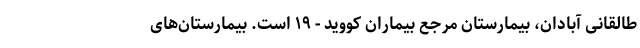
طالقانی آبادان، بیمارستان مرجع بیماران کووید - ۱۹ است. بیمارستان‌های